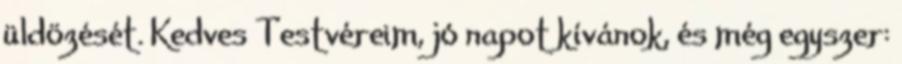
üldözését. Kedves Testvéreim, jó napot kívánok, és még egyszer: